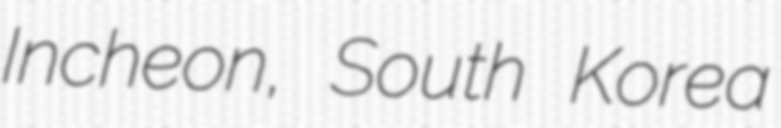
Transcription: Incheon, South Korea